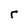
Character: r